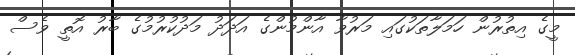
މީގެ އިތުރުން ހަމަލާތަކުގައި މަރުވާ އާންމުންގެ އަދަދު މަދުކުރުމުގެ ބާރު އޮތީ ވެސް